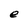
Character: e